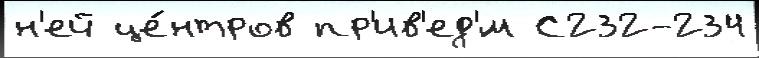
н'ей це́нтров пр'ив'ед'́м С232-234